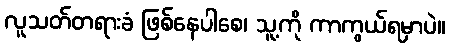
လူသတ်တရားခံ ဖြစ်နေပါစေ၊ သူ့ကို ကာကွယ်ရမှာပဲ။